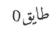
طايق0